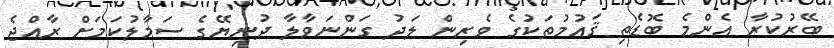
ބޭރުކުރާ އެންމެ ބޮޑެތި ޤައުމުތަކުގެ ވެރިން ލަދު ގަންނަވާލާ ދުނިޔޭގެ ސަމާލުކަމަށް ރާއްޖެ